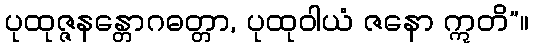
ပုထုဇ္ဇနန္တောဂဓတ္တာ, ပုထုဝါယံ ဇနော ဣတိ”။